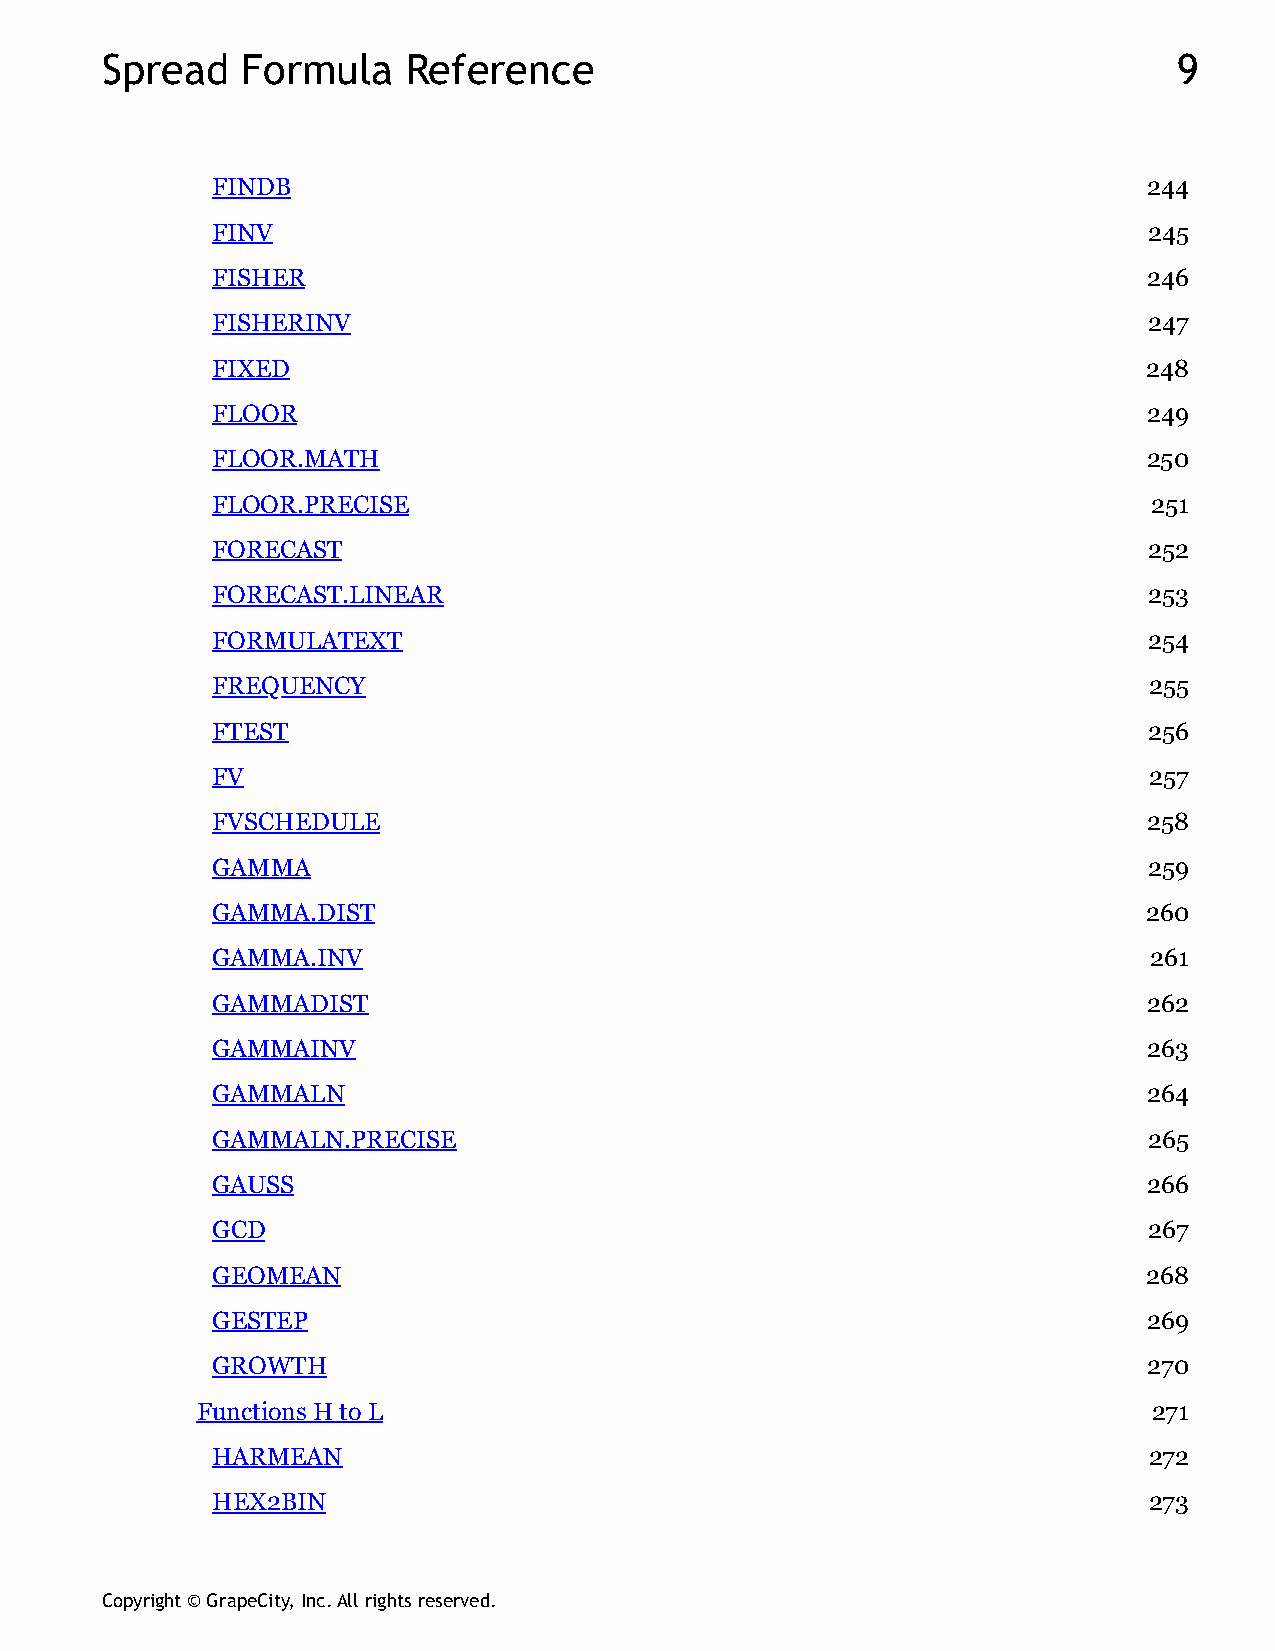
Spread   Formula    Reference                                          9
 FINDB                                                         244
 FINV                                                          245
 FISHER                                                        246
 FISHERINV                                                     247
 FIXED                                                         248
 FLOOR                                                         249
 FLOOR.MATH                                                    250
 FLOOR.PRECISE                                                 251
 FORECAST                                                      252
 FORECAST.LINEAR                                               253
 FORMULATEXT                                                   254
 FREQUENCY                                                     255
 FTEST                                                         256
 FV                                                            257
 FVSCHEDULE                                                    258
 GAMMA                                                         259
 GAMMA.DIST                                                    260
 GAMMA.INV                                                     261
 GAMMADIST                                                     262
 GAMMAINV                                                      263
 GAMMALN                                                       264
 GAMMALN.PRECISE                                               265
 GAUSS                                                         266
 GCD                                                           267
 GEOMEAN                                                       268
 GESTEP                                                        269
 GROWTH                                                        270
 Functions H to L                                               271
 HARMEAN                                                       272
 HEX2BIN                                                       273
 Copyright © GrapeCity, Inc. All rights reserved.